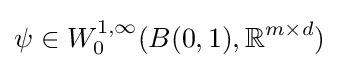
\psi \in W_{0}^{1,\infty }(B(0,1),\mathbb {R} ^{m\times d})